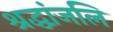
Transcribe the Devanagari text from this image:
श्रद्धांजलि